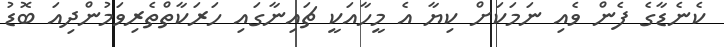
ކެނެޑާގެ ފެން ވެއި ނަމަކަށް ކިޔާ އެ މީހާއަކީ ޗައިނާގައި ހަރަކާތްތެރިވަމުންދިއަ ބޮޑު